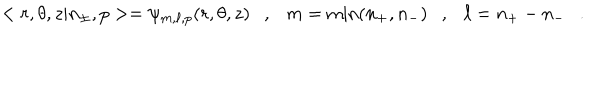
< r , \theta , z | n _ { \pm } , p > = \psi _ { m , \ell , p } ( r , \theta , z ) \ \ \ , \ \ \ m = \mathrm { m i n } ( n _ { + } , n _ { - } ) \ \ \ , \ \ \ \ell = n _ { + } - n _ { - } \ \ \ .